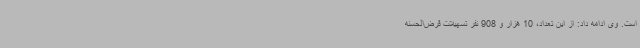
است. وی ادامه داد: از این تعداد، 10 هزار و 908 نفر تسهیلات قرض‌الحسنه